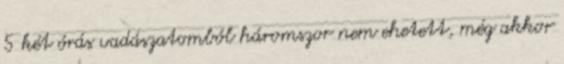
5 két órás vadászatomból háromszor nem ehetett, még akkor